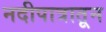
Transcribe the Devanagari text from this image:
नदीपात्रातून